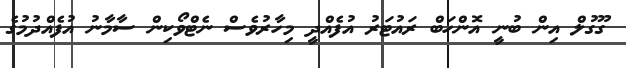
ގޫގުލް އިން ބުނީ އޮންހަބް ރައުޓަރު އުފެއްދީ މިހާރުވެސް ނެޓްވޯކިން ސާމާނު އުފެއްދުމުގެ